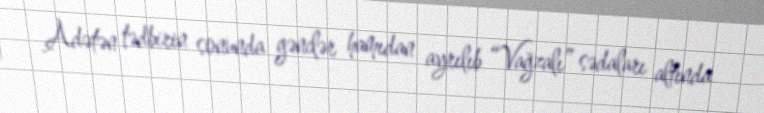
Adətən tədbirin sonunda gənclər hamıdan ayrılıb “Vağzalı” sədaları altında